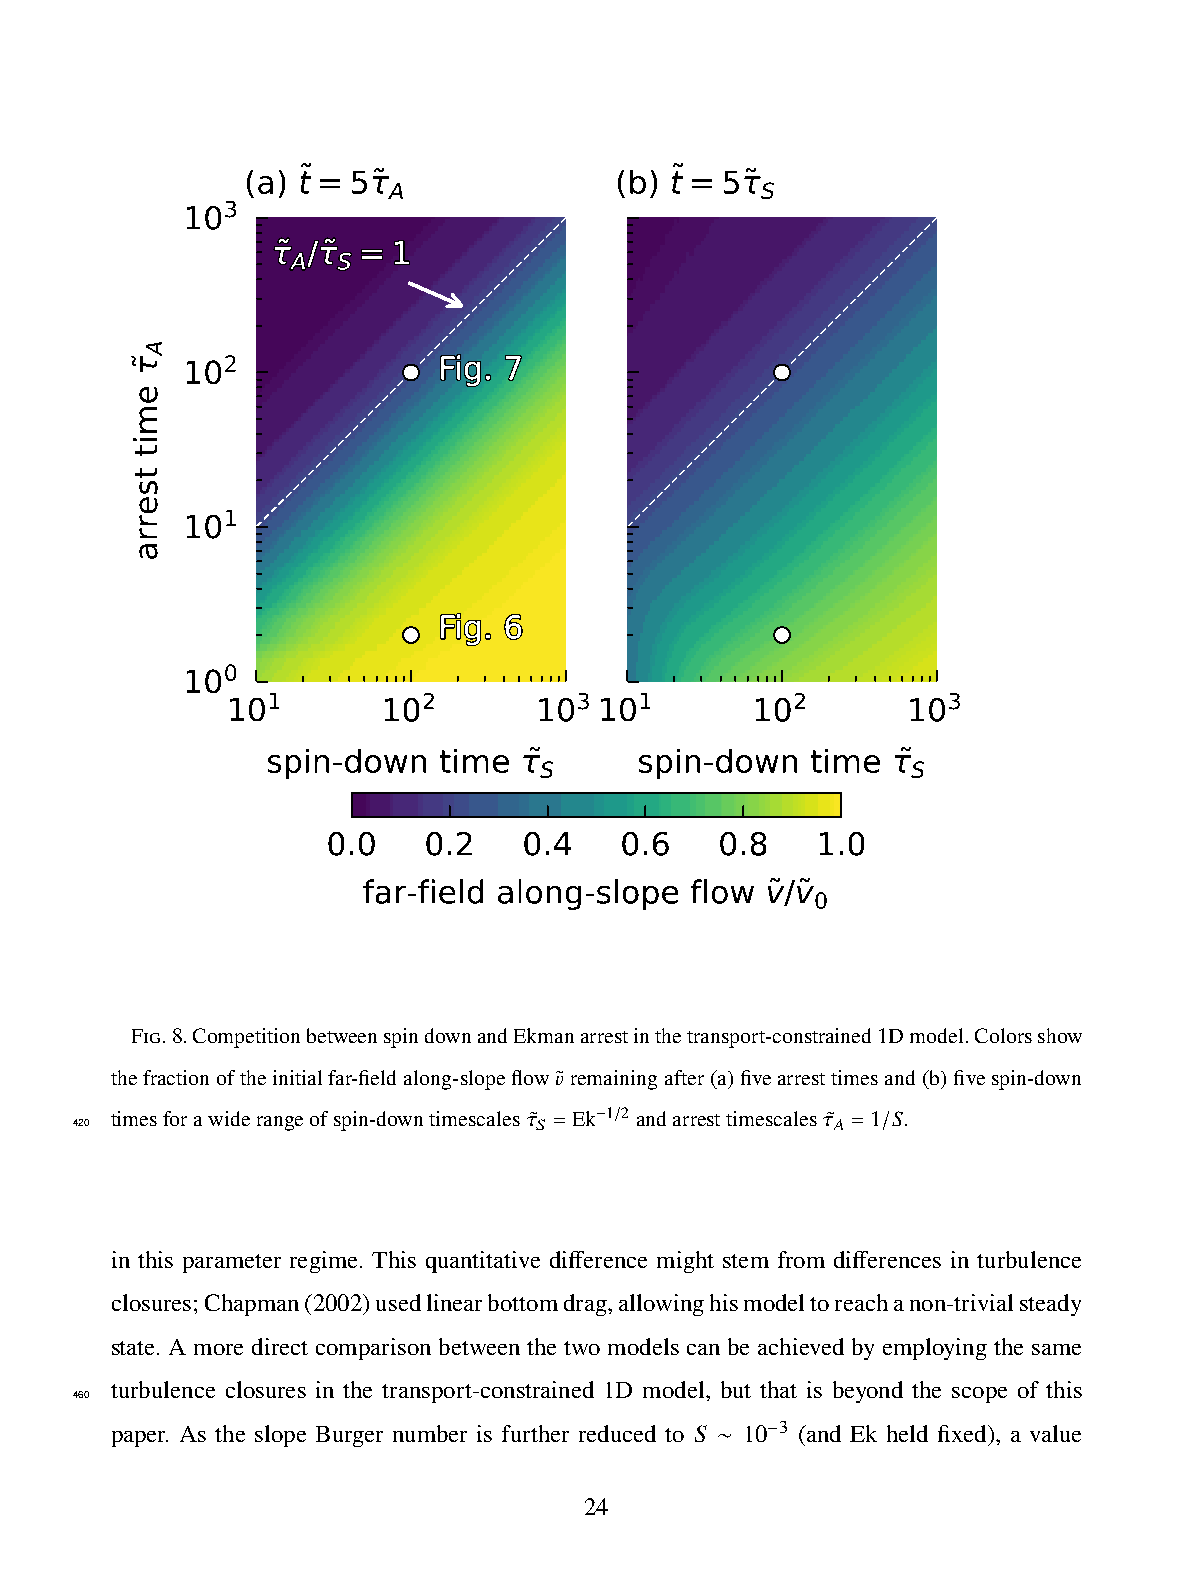
(a) t=5                  (b) t=5
 A                       S
 3
 10
 2
 10
 1
 10
 0
 10
 1         2         3   1         2          3
 10        10        10   10        10        10
 spin-down  time         spin-down   time
 S                       S
 0.0   0.2    0.4   0.6    0.8   1.0
 far-field along-slope flow v/v
 0
 Fig.8.CompetitionbetweenspindownandEkmanarrestinthetransport-constrained1Dmodel.Colorsshow
 thefractionoftheinitialfar-fieldalong-slopeflow𝑣˜ remainingafter(a)fivearresttimesand(b)fivespin-down
 420
 timesforawiderangeofspin-downtimescales𝜏˜
 𝑆
 =Ek−1 /2 andarresttimescales𝜏˜
 𝐴
 =1 𝑆.
 /
 in this parameter regime. This quantitative difference might stem from differences in turbulence
 closures;Chapman(2002)usedlinearbottomdrag,allowinghismodeltoreachanon-trivialsteady
 state. A more direct comparison between the two models can be achieved by employing the same
 turbulence closures in the transport-constrained 1D model, but that is beyond the scope of this
 460
 paper. As the slope Burger number is further reduced to 𝑆 10 3 (and Ek held fixed), a value
 −
 ∼
 24
 emit
 tserra
 A